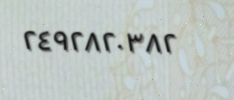
٢٤٩٢٨٢٠٣٨٢